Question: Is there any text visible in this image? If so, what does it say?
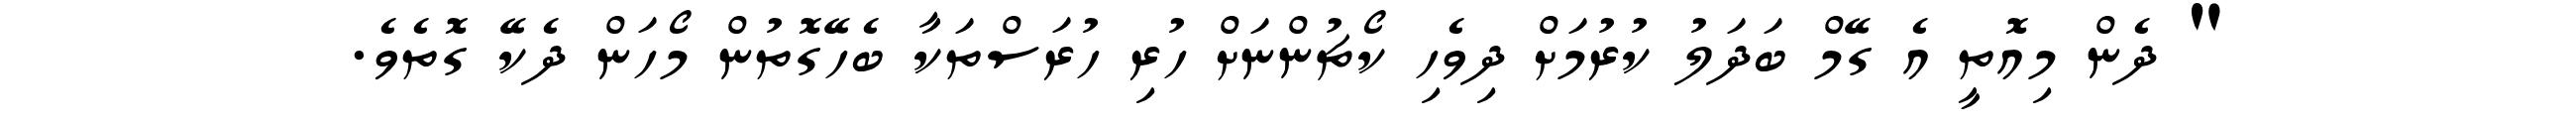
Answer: " ދެން މިއޮތީ އެ ގޭމް ބަދަލު ކުރުމަށް ދިވެހި ކޯޗުންނަށް ހުރި ހުރަސްތަކާ ބެހޭގޮތުން މޯހަން ދެކޭ ގޮތެވެ.